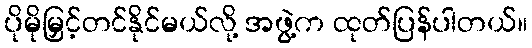
ပိုမိုမြှင့်တင်နိုင်မယ်လို့ အဖွဲ့က ထုတ်ပြန်ပါတယ်။